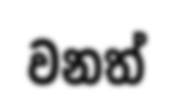
වනත්